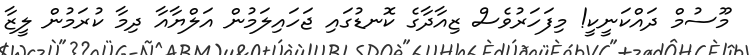
މޫސުމް ދައްކަނީކީ! މިފަހަރުވެސް ޒިއާދާގެ ކޮނޑުގައި ޖަހައިލަމުން އަލްޔާއާ ދިމާ ކުރަމުން ލީޒާ